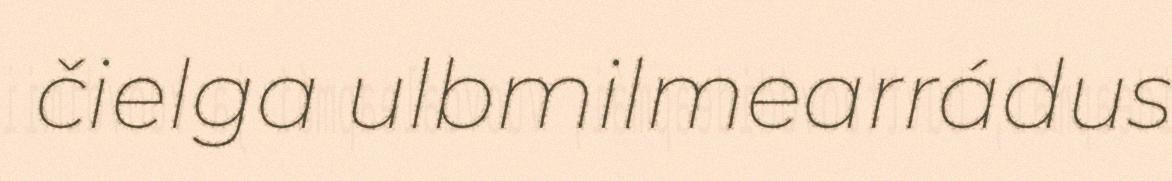
čielga ulbmilmearrádus